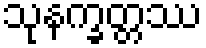
သုနက္ခတ္တဿ